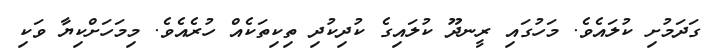
ގަދަމުށި ކުލައެވެ. މަހުގައި ރީނދޫ ކުލައިގެ ކުދިކުދި ތިކިތަކެއް ހުރެއެވެ. މިމަހަށްކިޔާ ވަކި